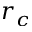
r _ { c }